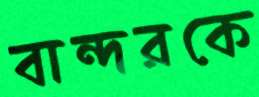
বান্দরকে